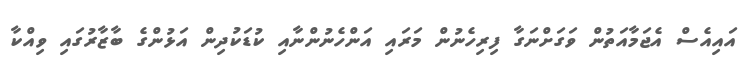
އައިއެސް އެޖަމާއަތުން ވަގަށްނަގާ ފިރިހެނުން މަރައި އަންހެނުންނާއި ކުޑަކުދިން އަޅުންގެ ބާޒާރުގައި ވިއްކާ